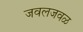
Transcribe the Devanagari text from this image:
जवलजवळ